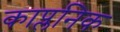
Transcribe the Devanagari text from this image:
काप्लनिक